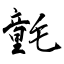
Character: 氃